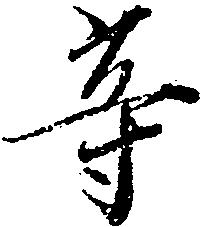
等